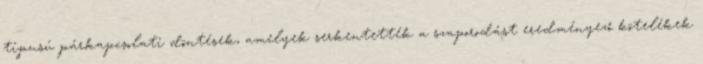
típusú párkapcsolati döntések, amelyek serkentették a szaporodást eredményező kötelékek